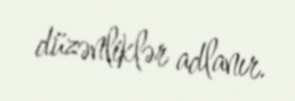
düzənliklər adlanır.